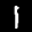
Label: 1